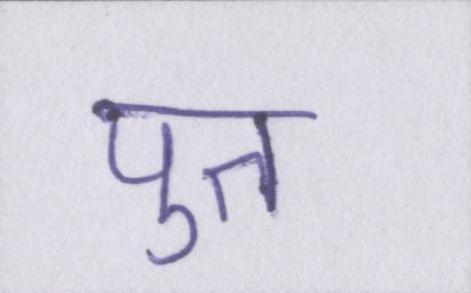
पुत